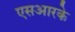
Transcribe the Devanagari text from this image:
एसआरके